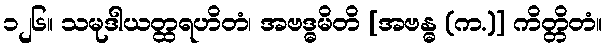
၁၂၆။ သမုဒါယတ္ထရဟိတံ၊ အဗဒ္ဓမိတိ [အဗန္ဓ (က.)] ကိတ္တိတံ။